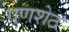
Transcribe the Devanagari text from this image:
गणशेठ